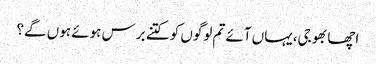
اچھا بھوجی،یہاں آئے تم لوگوں کو کتنے برس ہوئے ہوں گے؟